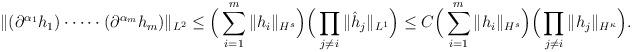
LaTeX: \begin{align*}\|(\partial^{\alpha_1}h_1)\cdot\dots\cdot(\partial^{\alpha_m}h_m)\|_{L^2}\leq \Big(\sum^m_{i=1}\|h_i\|_{H^s}\Big)\Big(\prod_{j\neq i}\|\hat h_j\|_{L^1}\Big)\leq C\Big(\sum^m_{i=1}\|h_i\|_{H^s}\Big)\Big(\prod_{j\neq i}\|h_j\|_{H^\kappa}\Big).\end{align*}